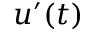
u ^ { \prime } ( t )